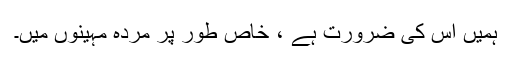
ہمیں اس کی ضرورت ہے ، خاص طور پر مردہ مہینوں میں۔